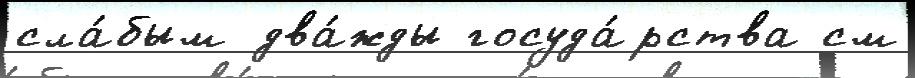
сла́бым два́жды госуда́рства см